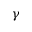
\gamma